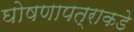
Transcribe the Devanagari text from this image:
घोषणापत्राकडे